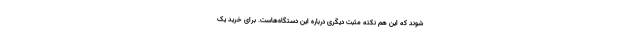
شوند که این هم نکته مثبت دیگری درباره این دستگاه‌هاست. برای خرید یک